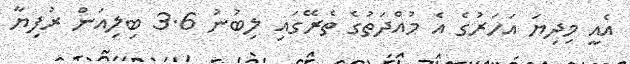
އެއީ މިދިޔަ އަހަރުގެ އެ މުއްދަތުގެ ތެރޭގައި ލިބުނު 3.6 ބިލިއަން ރުފިޔާ